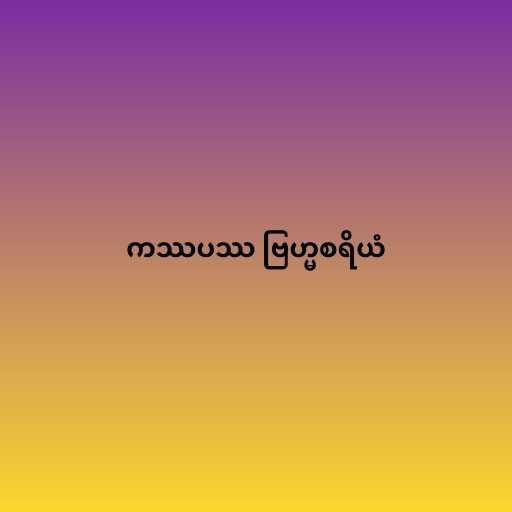
ကဿပဿ ဗြဟ္မစရိယံ